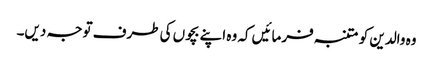
وہ والدین کو متنبہ فرمائیں کہ وہ اپنے بچوں کی طرف توجہ دیں۔